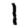
Digit: 1